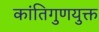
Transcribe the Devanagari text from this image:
कांतिगुणयुक्त